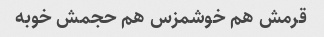
قرمش هم خوشمزس هم حجمش خوبه